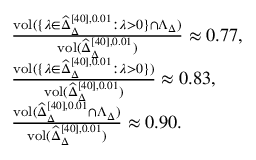
\begin{array} { r l } & { \frac { \mathrm { v o l } ( \{ \lambda \in \widehat \Delta _ { \Delta } ^ { [ 4 0 ] , 0 . 0 1 } : \lambda > 0 \} \cap \Lambda _ { \Delta } ) } { \mathrm { v o l } ( \widehat \Delta _ { \Delta } ^ { [ 4 0 ] , 0 . 0 1 } ) } \approx 0 . 7 7 , } \\ & { \frac { \mathrm { v o l } ( \{ \lambda \in \widehat \Delta _ { \Delta } ^ { [ 4 0 ] , 0 . 0 1 } : \lambda > 0 \} ) } { \mathrm { v o l } ( \widehat \Delta _ { \Delta } ^ { [ 4 0 ] , 0 . 0 1 } ) } \approx 0 . 8 3 , } \\ & { \frac { \mathrm { v o l } ( \widehat \Delta _ { \Delta } ^ { [ 4 0 ] , 0 . 0 1 } \cap \Lambda _ { \Delta } ) } { \mathrm { v o l } ( \widehat \Delta _ { \Delta } ^ { [ 4 0 ] , 0 . 0 1 } ) } \approx 0 . 9 0 . } \end{array}